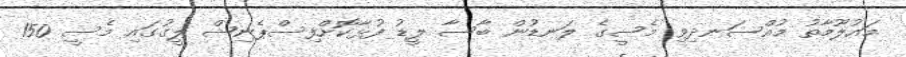
މައުލޫމާތު މުއްސަނދިވި މެސީގެ ލަނޑުން ބާސާ ލީޑު ފުޅާކޮށްފިސްޕެނިޝް ލީގުގައި މެސީ 150